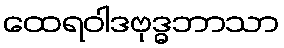
ထေရဝါဒဗုဒ္ဓဘာသာ